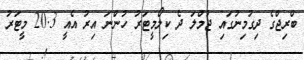
ބްރިޖްގެ ދިގުމިނުގައި ޖުމްލަ ދެ ކިލޯމީޓަރު ހުންނަ އިރު އެއީ 20.3 މީޓަރު